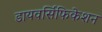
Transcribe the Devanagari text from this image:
डायवर्सिफिकेशन